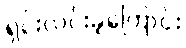
ရှင်းလင်းခဲ့ကြောင်း